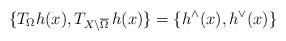
LaTeX: \begin{align*}\{T_{\Omega}h(x),T_{X\setminus\overline{\Omega}}\,h(x)\}=\{h^{\wedge}(x),h^{\vee}(x)\}\end{align*}